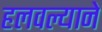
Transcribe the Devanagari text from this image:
हलवल्याने